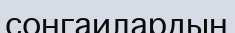
сонгаилардың